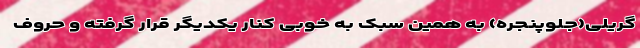
گریلی(جلوپنجره) به همین سبک به خوبی کنار یکدیگر قرار گرفته و حروف